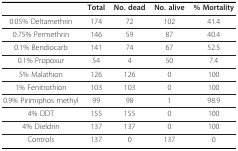
<table><thead><tr><td></td><td><b>Total</b></td><td><b>No. dead</b></td><td><b>No. alive</b></td><td><b>% Mortality</b></td></tr></thead><tbody><tr><td>0.05% Deltamethrin</td><td>174</td><td>72</td><td>102</td><td>41.4</td></tr><tr><td>0.75% Permethrin</td><td>146</td><td>59</td><td>87</td><td>40.4</td></tr><tr><td>0.1% Bendiocarb</td><td>141</td><td>74</td><td>67</td><td>52.5</td></tr><tr><td>0.1% Propoxur</td><td>54</td><td>4</td><td>50</td><td>7.4</td></tr><tr><td>5% Malathion</td><td>126</td><td>126</td><td>0</td><td>100</td></tr><tr><td>1% Fenitrothion</td><td>103</td><td>103</td><td>0</td><td>100</td></tr><tr><td>0.9% Pirimiphos methyl</td><td>99</td><td>98</td><td>1</td><td>98.9</td></tr><tr><td>4% DDT</td><td>155</td><td>155</td><td>0</td><td>100</td></tr><tr><td>4% Dieldrin</td><td>137</td><td>137</td><td>0</td><td>100</td></tr><tr><td>Controls</td><td>137</td><td>0</td><td>137</td><td>0</td></tr></tbody></table>